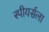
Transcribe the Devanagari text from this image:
स्पीयर्सला